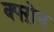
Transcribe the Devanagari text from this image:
क्फ्ऱोन